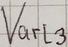
Text: Varl3